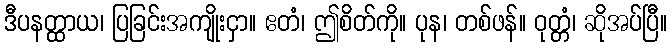
ဒီပနတ္ထာယ၊ ပြခြင်းအကျိုးငှာ။ ဧတံ၊ ဤစိတ်ကို။ ပုန၊ တစ်ဖန်။ ဝုတ္တံ၊ ဆိုအပ်ပြီ။